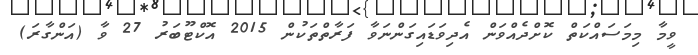
ވީމާ މިމަސައްކަތް ކޮށްދެއްވަން އެދިވަޑައިގަންނަވާ ފަރާތްތަކުން 2015 އޮކްޓޫބަރު 27 ވާ (އަންގާރަ)